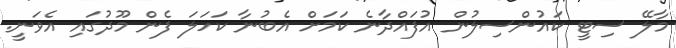
މާލޭ ސިޓީ ކައުންސިލުން އުފައްދާނެ ކަމަށް އެބުނާ ކަހަލަ ފެން މޫދުގައި އެވަނީ.